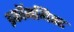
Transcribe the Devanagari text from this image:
इकॉनमिस्ट